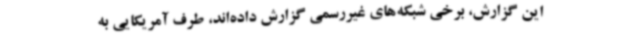
این گزارش، برخی شبکه‌های غیررسمی گزارش داده‌اند، طرف آمریکایی به